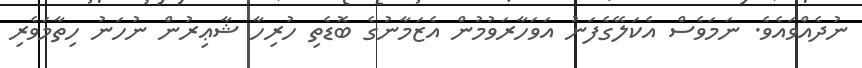
ނުދެއްވައެވެ. ނަމަވެސް އެކަލޭގެފަނު އަވަހާރަވުމުން އެޒަމާނުގެ ބޮޑެތި ހުރިހާ ޝާޢިރުން ނުހަނު ހިތާމަވެރި